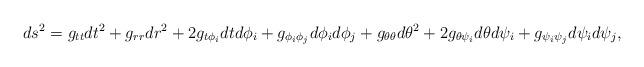
LaTeX: \begin{align*}ds^2=g_{tt}dt^2+g_{rr}dr^2+2g_{t\phi_i}dtd\phi_i+g_{\phi_i\phi_j}d\phi_id\phi_j+g_{\theta\theta}d\theta^2+2g_{\theta\psi_i}d\theta d\psi_i+g_{\psi_i\psi_j}d\psi_id\psi_j,\end{align*}